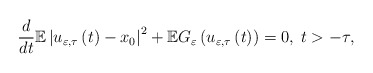
\begin{align*}\frac{d}{dt}\mathbb{E}\left\vert u_{\varepsilon,\tau}\left( t\right)-x_{0}\right\vert ^{2}+\mathbb{E}G_{\varepsilon}\left( u_{\varepsilon,\tau}\left( t\right) \right) =0,\;t>-\tau, \end{align*}